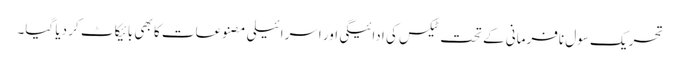
تحریک سول نافرمانی کے تحت ٹیکس کی ادائیگی اور اسرائیلی مصنوعات کا بھی بائیکاٹ کر دیا گیا۔